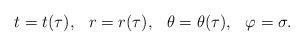
LaTeX: \begin{align*}t = t(\tau) , \hspace{0.3cm} r = r(\tau), \hspace{0.3cm} \theta = \theta(\tau),\hspace{0.3cm} \varphi = \sigma .\end{align*}